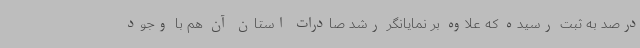
درصد به ثبت رسیده که علاوه بر نمایانگر رشد صادرات استان آن هم با وجود